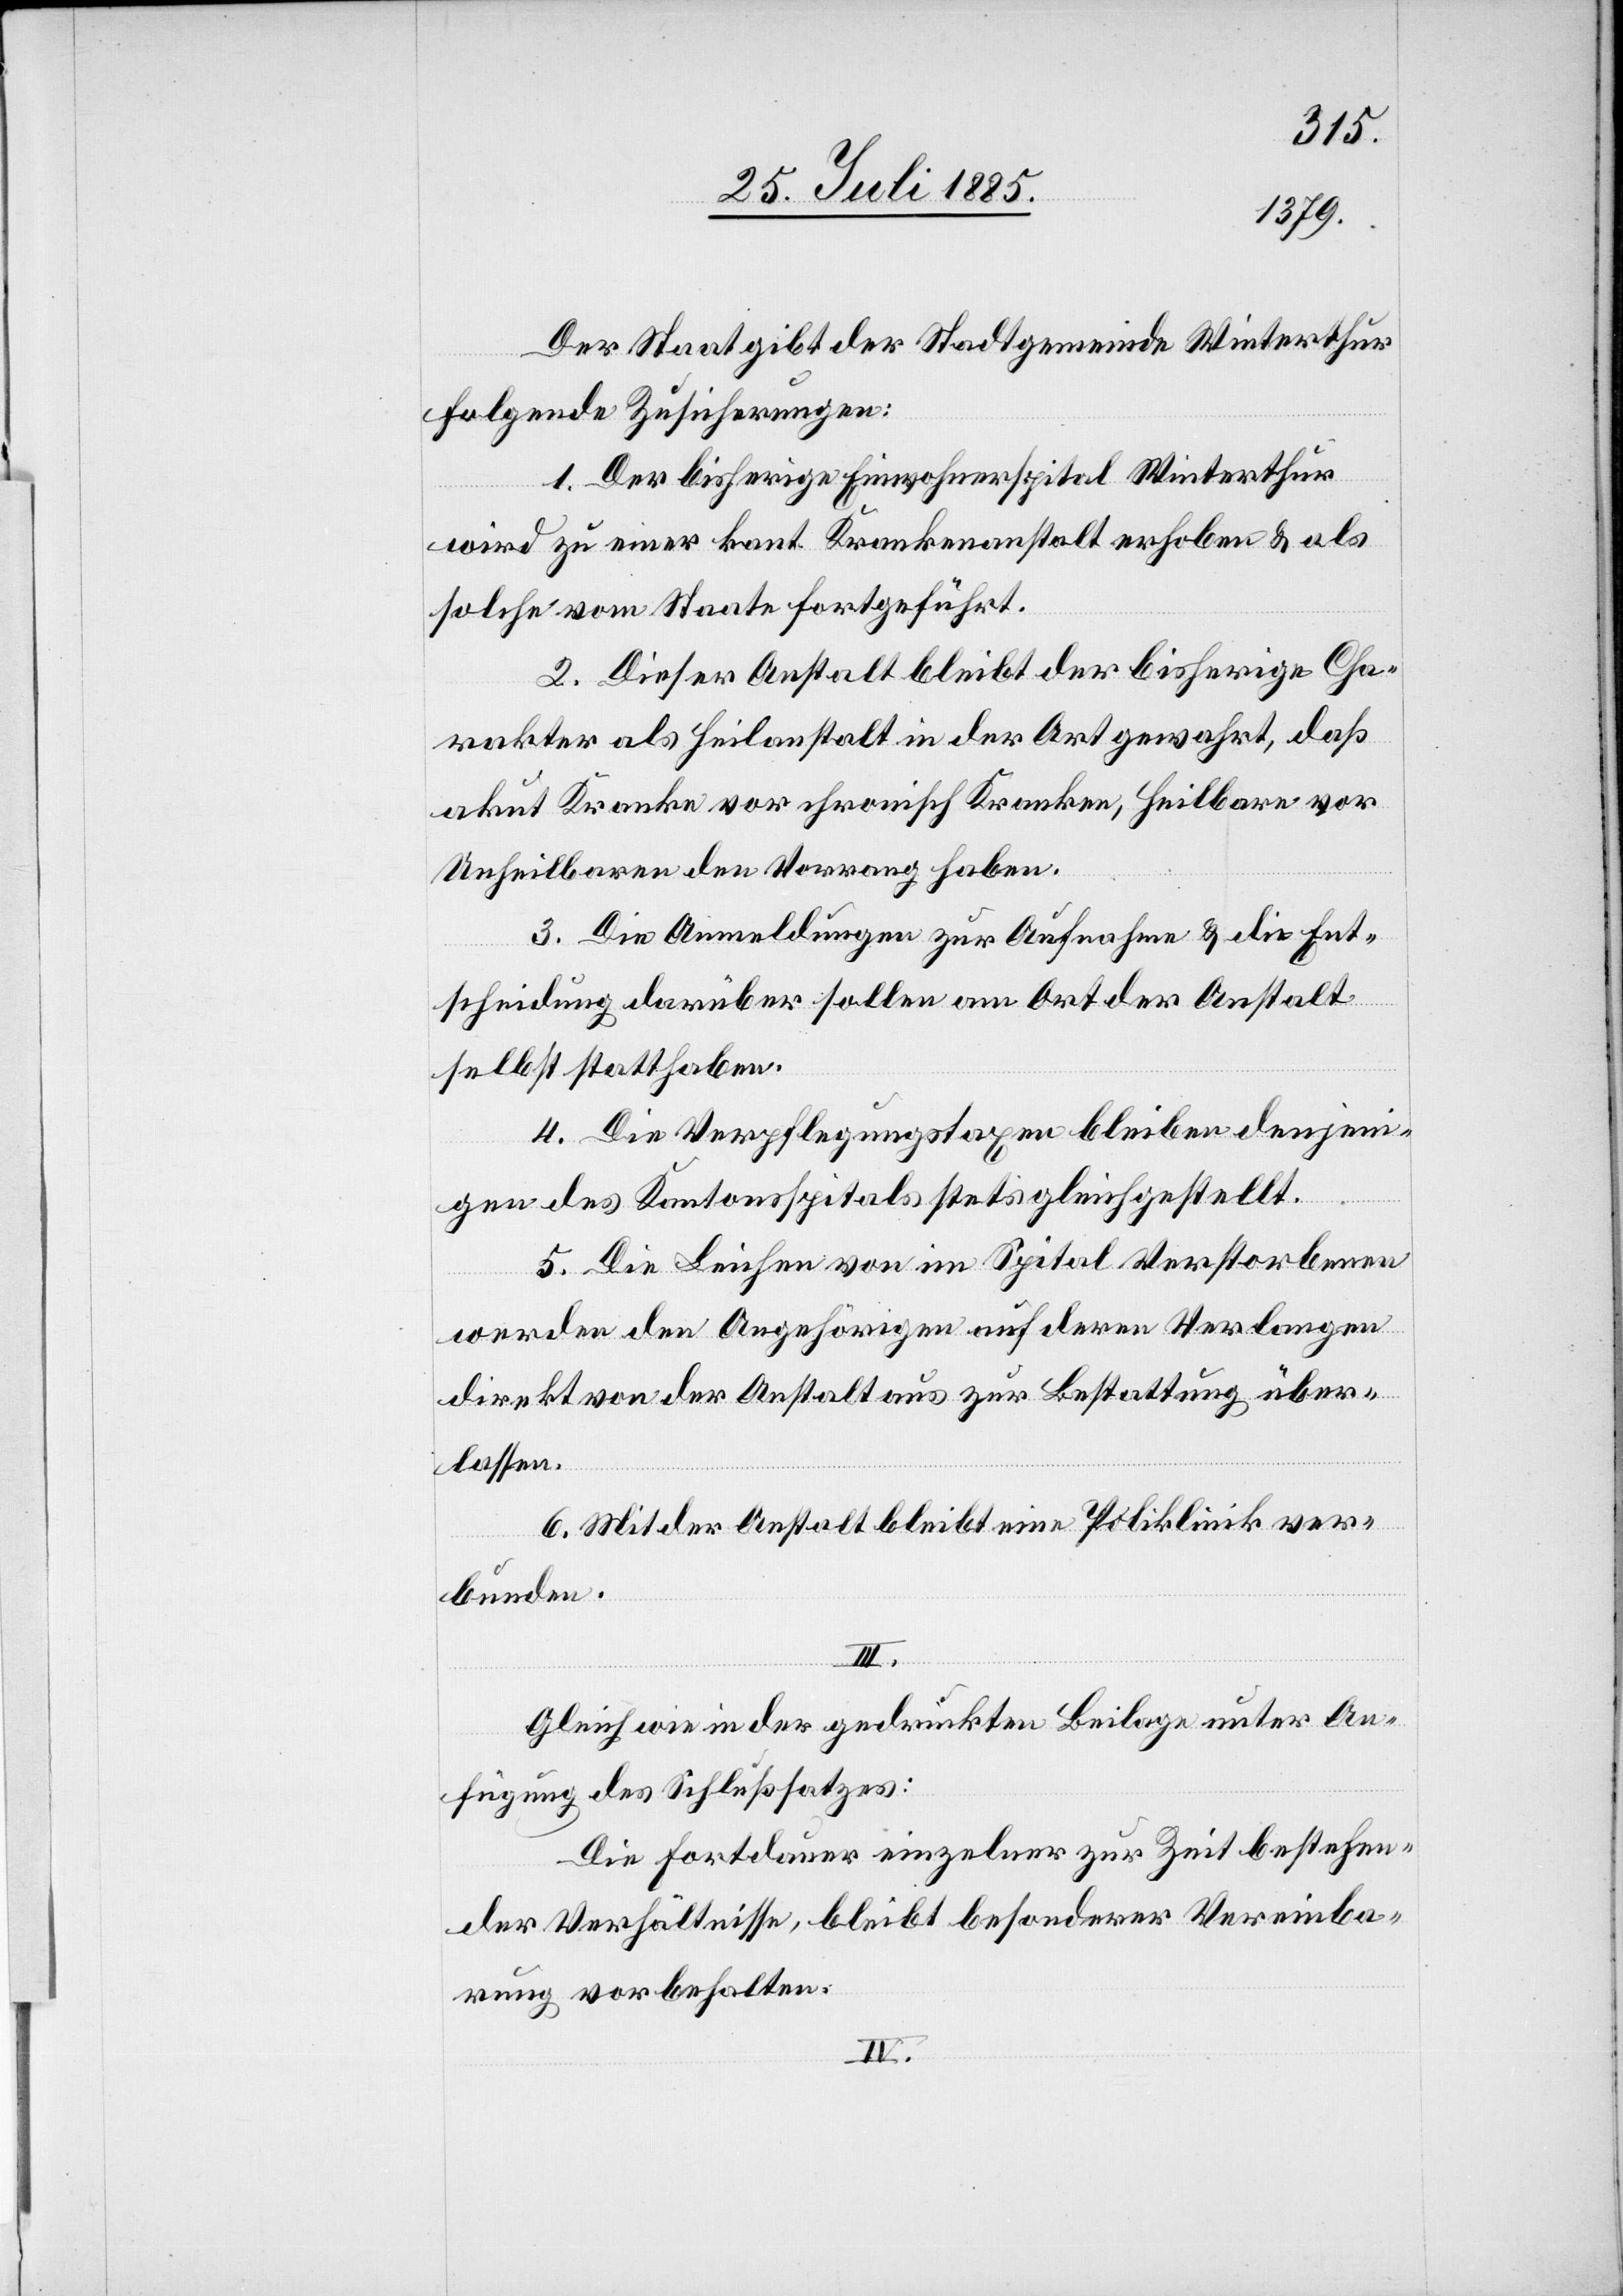
Der Staat gibt der Stadtgemeinde Winterthur
folgende Zusicherungen:
1. Der bisherige Einwohnerspital Winterthur
wird zu einer kant. Krankenanstalt erhoben & als
solche vom Staate fortgeführt.
2. Dieser Anstalt bleibt der bisherige Cha¬
rakter als Heilanstalt in der Art gewahrt, daß
akut Kranke vor chronisch Kranken, Heilbare vor
Unheilbaren den Vorrang haben.
3. Die Anmeldungen zur Aufnahme & die Ent¬
scheidung darüber sollen am Ort der Anstalt
selbst statthaben.
4. Die Verpflegungstaxen bleiben denjeni¬
gen des Kantonsspitals stets gleichgestellt.
5. Die Leichen von im Spital Verstorbenen
werden den Angehörigen auf deren Verlangen
direkt von der Anstalt aus zur Bestattung über¬
lassen.
6. Mit der Anstalt bleibt eine Poliklinik ver¬
bunden.
Gleich wie in der gedruckten Beilage unter An¬
fügung des Schlußsatzes:
Die Fortdauer einzelner zur Zeit bestehen¬
den Verhältnisse, bleibt besonderer Vereinba¬
rung vorbehalten.
IV.